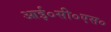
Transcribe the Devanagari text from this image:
आई०सी०एस०